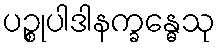
ပဉ္စုပါဒါနက္ခန္ဓေသု